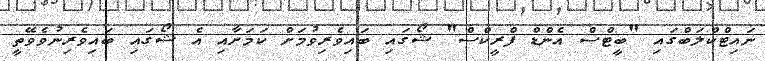
ނައިޓްކްލަބްގައި "ބީޓްސް އެންޑް ފްރީކްސް" ޝޯގައި ބައިވެރިވުމަށް ކަމަށާއި އެ ޝޯގައި ބައިވެރިނުވެވޭތީ